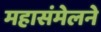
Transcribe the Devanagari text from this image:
महासंमेलने